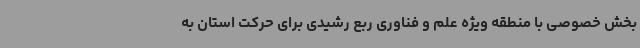
بخش خصوصی با منطقه ویژه علم و فناوری ربع رشیدی برای حرکت‌ استان به